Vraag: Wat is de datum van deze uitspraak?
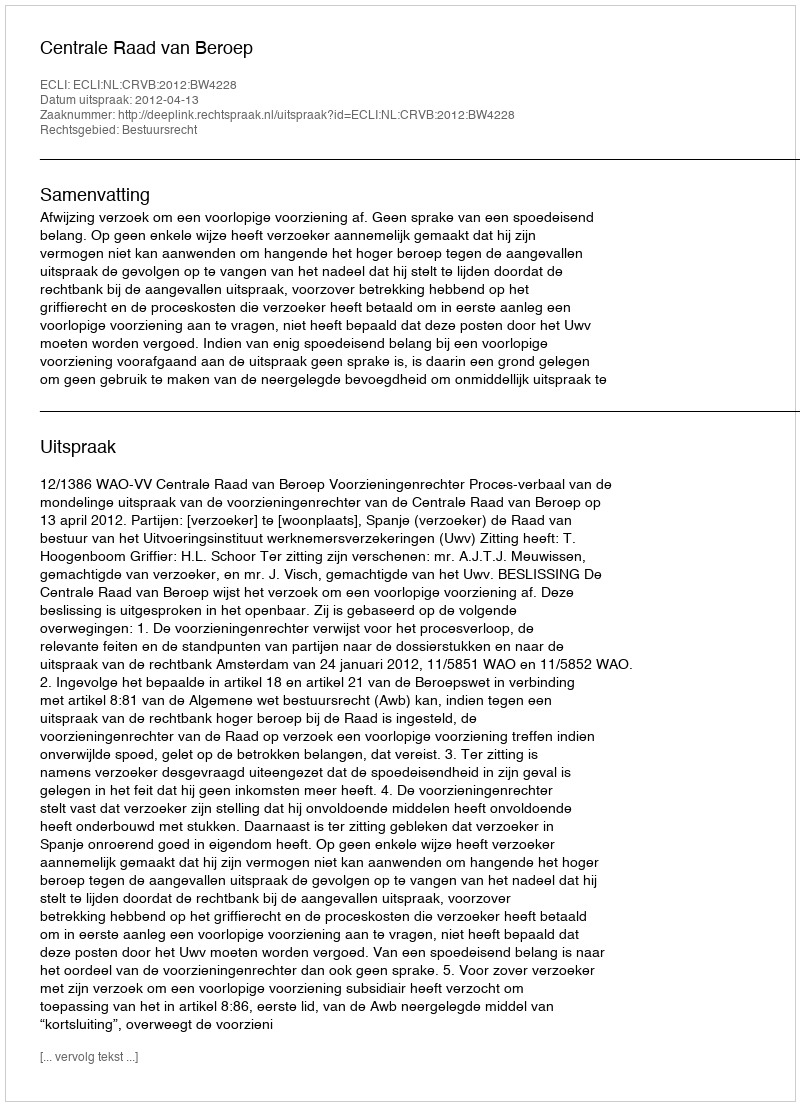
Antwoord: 2012-04-13